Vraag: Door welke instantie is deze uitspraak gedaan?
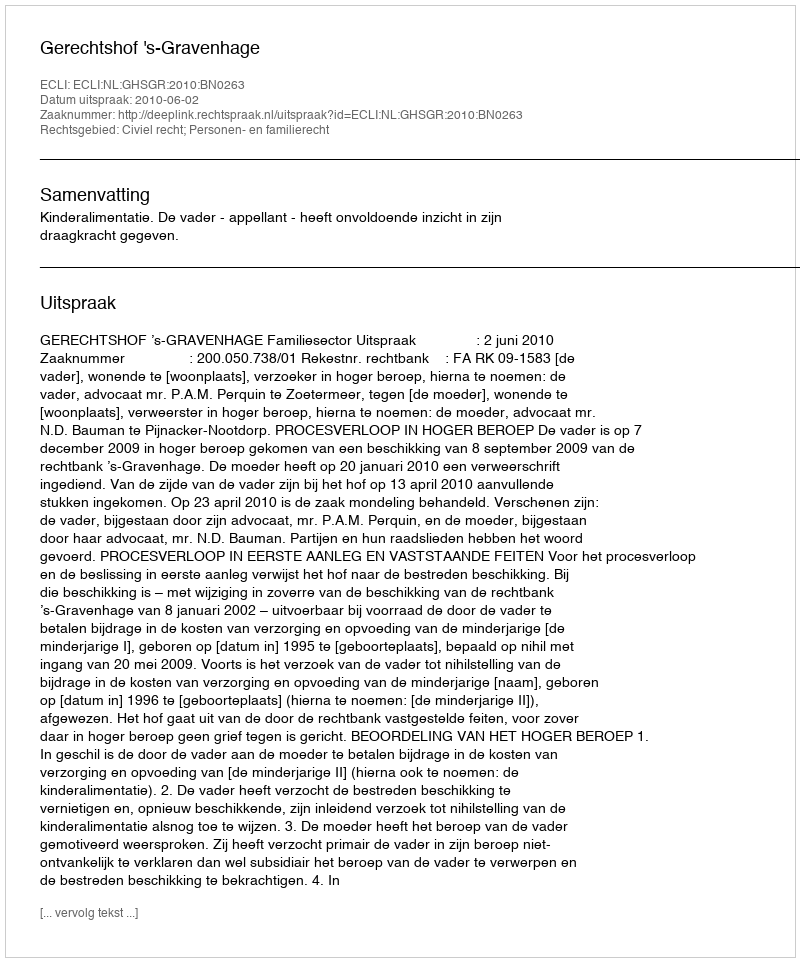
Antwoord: Gerechtshof 's-Gravenhage